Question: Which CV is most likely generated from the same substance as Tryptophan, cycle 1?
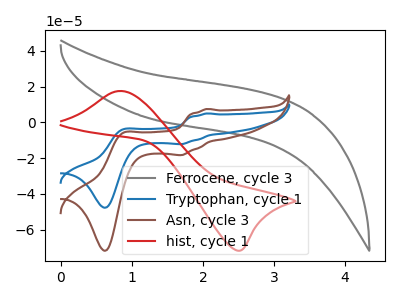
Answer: <think>The gray curve "Ferrocene, cycle 3" has no peaks. The blue curve "Tryptophan, cycle 1" has anodic peaks at (2.05V, 5.00uA) (0.90V, -3.95uA) and cathodic peaks at (1.70V, -12.20uA) (0.65V, -47.80uA). The brown curve "Asn, cycle 3" has anodic peaks at (2.05V, 7.50uA) (0.90V, -5.95uA) and cathodic peaks at (1.70V, -18.35uA) (0.65V, -71.90uA). The red curve "hist, cycle 1" has an anodic peak at (0.80V, 17.55uA) and a cathodic peak at (2.55V, -71.80uA).
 "Ferrocene, cycle 3" and "Tryptophan, cycle 1" have a different number of peaks. "Ferrocene, cycle 3" and "Asn, cycle 3" have a different number of peaks. "Ferrocene, cycle 3" and "hist, cycle 1" have a different number of peaks. All the peaks in "Tryptophan, cycle 1" have a peak in "Asn, cycle 3" at the same potential. "Tryptophan, cycle 1" and "hist, cycle 1" have a different number of peaks. "Asn, cycle 3" and "hist, cycle 1" have a different number of peaks.</think>
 <answer>The CV with the most similar shape to "Asn, cycle 3" is "Tryptophan, cycle 1".</answer>
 <eval>"Tryptophan, cycle 1"</eval>